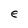
Character: e